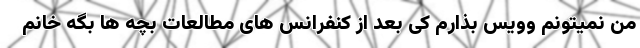
من نمیتونم وویس بذارم کی بعد از کنفرانس های مطالعات بچه ها بگه خانم